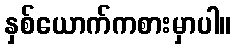
နှစ်ယောက်ကစားမှာပါ။